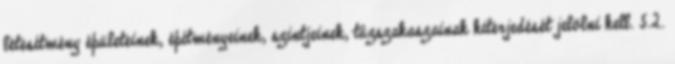
létesítmény épületeinek, építményeinek, szintjeinek, tûzszakaszainak kiterjedését jelölni kell. 5.2.